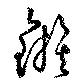
鏃